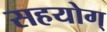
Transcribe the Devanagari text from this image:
सहयोग्